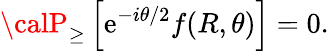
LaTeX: {\calP}_{\geq}\left[\mathrm{e}^{-i\theta/2}f(R,\theta)\right]=0.